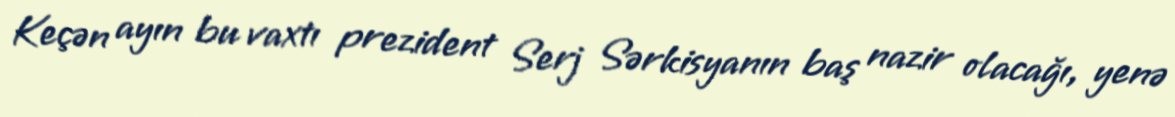
Keçən ayın bu vaxtı prezident Serj Sərkisyanın baş nazir olacağı, yenə